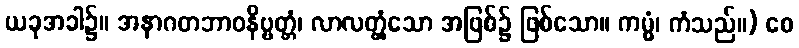
ယခုအခါ၌။ အနာဂတဘာဝနိဗ္ဗတ္တံ၊ လာလတ္တံ့သော အဖြစ်၌ ဖြစ်သော။ ကမ္မံ၊ ကံသည်။) စေ